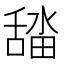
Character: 𮍾